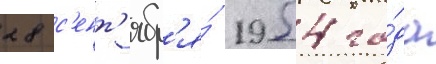
28 с'ент'ябр'я́ 1954 го́да